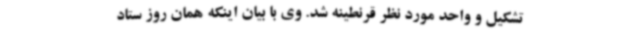
تشکیل و واحد مورد نظر قرنطینه شد. وی با بیان اینکه همان روز ستاد